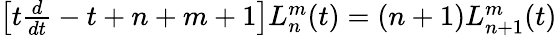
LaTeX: \begin{array}{r}{\left[t\frac{d}{dt}-t+n+m+1\right]L_{n}^{m}(t)=(n+1)L_{n+1}^{m}(t)}\end{array}